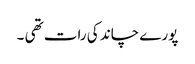
پورے چاند کی رات تھی ۔